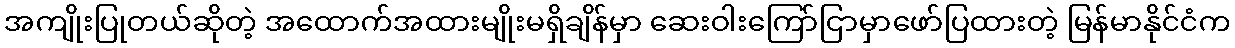
အကျိုးပြုတယ်ဆိုတဲ့ အထောက်အထားမျိုးမရှိချိန်မှာ ဆေးဝါးကြော်ငြာမှာဖော်ပြထားတဲ့ မြန်မာနိုင်ငံက